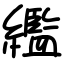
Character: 繿